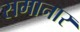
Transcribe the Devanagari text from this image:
समानार